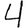
Digit: 4